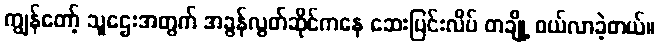
ကျွန်တော့် သူဌေးအတွက် အခွန်လွတ်ဆိုင်ကနေ ဆေးပြင်းလိပ် တချို့ ဝယ်လာခဲ့တယ်။